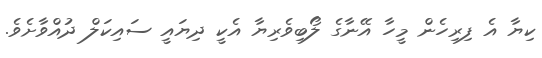
ކިޔާ އެ ފިރިހެން މީހާ އޭނާގެ ލޯބިވެރިޔާ އެކީ ދިޔައީ ސައިކަލް ދުއްވާށެވެ.